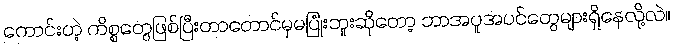
ကောင်းတဲ့ ကိစ္စတွေဖြစ်ပြီးတာတောင်မှမပြုံးဘူးဆိုတော့ ဘာအပူအပင်တွေများရှိနေလို့လဲ။